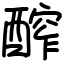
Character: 醡